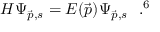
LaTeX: H \Psi _ { \vec { p } , s } = E ( \vec { p } ) \Psi _ { \vec { p } , s } ~ ~ . \footnotemark [ 6 ]